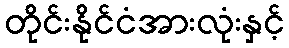
တိုင်းနိုင်ငံအားလုံးနှင့်